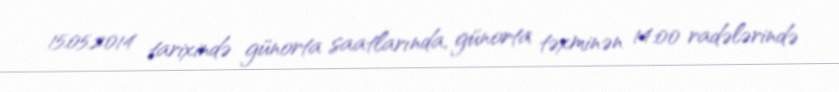
15.05.2014 tarixində günorta saatlarında, günorta təxminən 14:00 radələrində